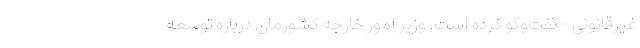
غیرقانونی» گفت‌وگو کرده است. وزیر امور خارجه کشورمان درباره توسعه